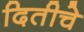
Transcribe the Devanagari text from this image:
दितीचे